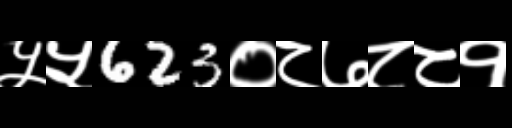
Text: ५५623०८७८८१